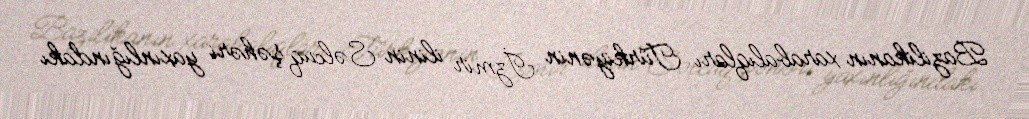
Bazilikanın xarabalıqları Türkiyənin İzmir ilinin Səlcuq şəhəri yaxınlığındakı